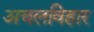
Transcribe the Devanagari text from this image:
अचलविहार